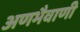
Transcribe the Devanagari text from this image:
अणभैवाणी